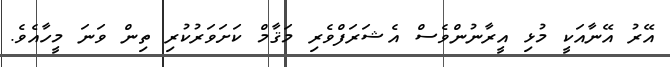
އޭރު އޭނާއަކީ މުޅި އީރާނުންވެސް އެޝަރަފްވެރި މަޤާމް ކަށަވަރުކުރި ތިން ވަނަ މީހާއެވެ.